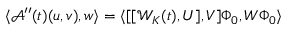
\langle \mathcal { A } ^ { \prime \prime } ( t ) ( u , v ) , w \rangle = \langle [ [ \mathcal { W } _ { K } ( t ) , U ] , V ] \Phi _ { 0 } , W \Phi _ { 0 } \rangle